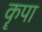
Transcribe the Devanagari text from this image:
कॄपा